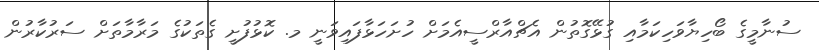
ސުނާމީގެ ބޯހިޔާވަހިކަމާއި ގުޅޭގޮތުން އެޗްއާރްސީއެމަށް ހުށަހަޅާފައިވަނީ މ. ކޮޅުފުށީ ގެތަކުގެ މަރާމާތަށް ސަރުކާރުން